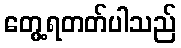
တွေ့ရတတ်ပါသည်